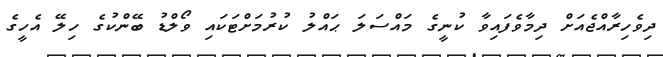
ދިވެހިރާއްޖެއަށް ދިމާވެފައިވާ ކުނީގެ މައްސަލަ ޙައްލު ކުރުމަށްޓަކައި ވޯލްޑު ބޭންކުގެ ހިލޭ އެހީގެ